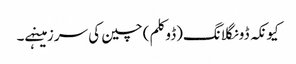
کیونکہ ڈونگلانگ(ڈوکلم) چین کی سرزمینہے۔